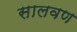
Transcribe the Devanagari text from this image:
सालवण